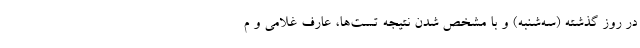
در روز گذشته (سه‌شنبه) و با مشخص شدن نتیجه تست‌ها، عارف غلامی و م